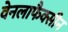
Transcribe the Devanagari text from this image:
वेनलाफैक्सीन